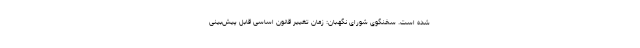
شده است. سخنگوی شورای نگهبان: زمان تغییر قانون اساسی قابل پیش‌بینی